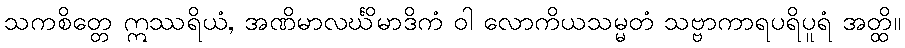
သကစိတ္တေ ဣဿရိယံ, အဏိမာလင်္ဃိမာဒိကံ ဝါ လောကိယသမ္မတံ သဗ္ဗာကာရပရိပူရံ အတ္ထိ။